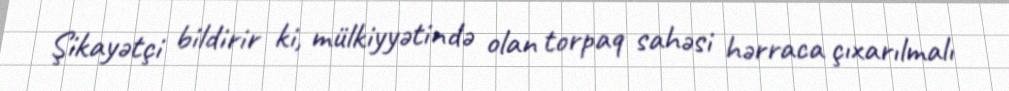
Şikayətçi bildirir ki, mülkiyyətində olan torpaq sahəsi hərraca çıxarılmalı